Vaccine operations Central Provinces & Berar 1912-1920 - 1912-1920
Year: 1912
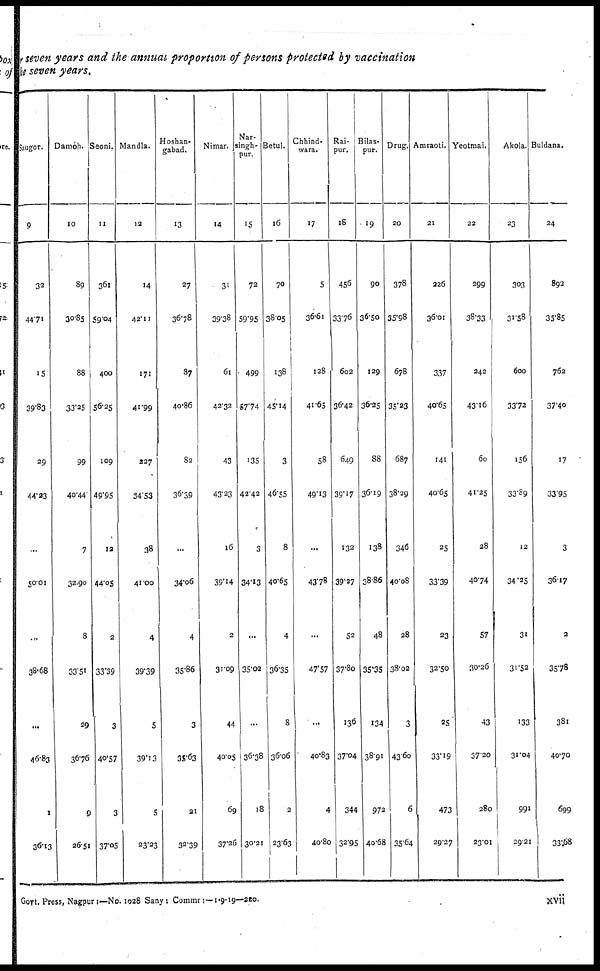
seven years and the annual proportion of persons protected by vaccination
the seven years.
Saugor.
9
32
44.71
15
39.83
29
44.23
...
50.01
...
38.68
...
46.83
1
36.13
Damoh.
10
89
30.85
88
33.25
99
40.44
7
32.90
8
33.51
29
36.76
9
26.51
Seoni.
11
361
59.04
400
56.25
109
49.95
12
44.05
2
33.39
3
40.57
3
37.05
Mandla.
12
14
42.11
171
41.99
227
3453
38
41.00
4
39.39
5
39.13
5
23.23
Hoshan-
gabad.
13
27
36.78
87
40.86
82
36.39
...
34.06
4
35.86
3
35.63
21
32.39
Nimar.
14
31
39.38
61
42.32
43
43.23
16
39.14
2
31.09
44
40.05
69
37.26
Nar-
singh-
pur.
15
72
59.95
499
57.74
135
42.42
3
34.13
...
35.02
...
36.38
18
30.21
Betul.
16
70
38.05
138
45.14
3
46.55
8
40.65
4
36.35
8
36.06
2
23.63
Chhind-
wara.
17
5
36.61
128
41.65
58
49.13
...
43.78
...
47.57
...
40.83
4
40.80
Rai-
pur.
18
456
33.76
602
36.42
649
39.17
132
39.27
52
37.80
136
37.04
344
32.95
Bilas-
pur.
19
90
36.50
129
36.25
88
36.19
138
38.86
48
35.35
134
38.91
972
40.68
Drug.
20
378
35.98
678
35.23
687
38.29
346
40.08
28
38.02
3
43.60
6
35.64
Amraoti.
21
226
36.01
337
40.65
141
40.65
25
33.39
23
32.50
25
33.19
473
29.27
Yeotmal.
22
299
38.33
242
43.16
60
41.25
28
40.74
57
30.26
43
37.20
280
23.01
Akola.
23
303
31.58
600
33.72
156
33.89
12
34.25
31
31.52
133
31.04
991
29.21
Buldana.
24
892
35.85
762
37.40
17
33.95
3
36.17
2
35.78
381
40.70
699
33.68
Govt. Press, Nagpur:—No. 1028 Sany: Commr:—1-9-19—220.
xvii